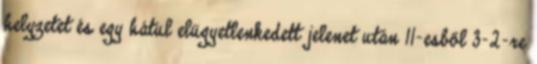
helyzetet és egy hátul elügyetlenkedett jelenet után 11-esből 3-2-re